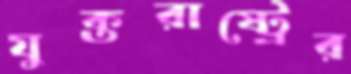
যুক্তরাষ্ট্রের